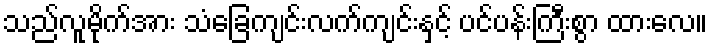
သည်လူမိုက်အား သံခြေကျင်းလက်ကျင်းနှင့် ပင်ပန်းကြီးစွာ ထားလေ။